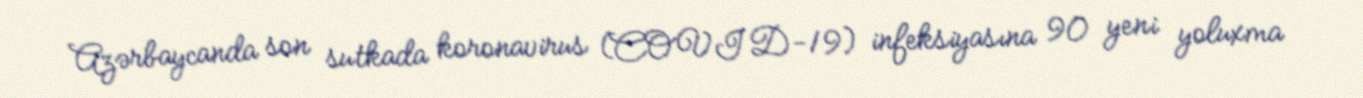
Azərbaycanda son sutkada koronavirus (COVID-19) infeksiyasına 90 yeni yoluxma